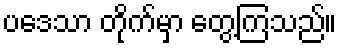
ပဒေသာ တိုက်မှာ တွေ့ကြသည်။